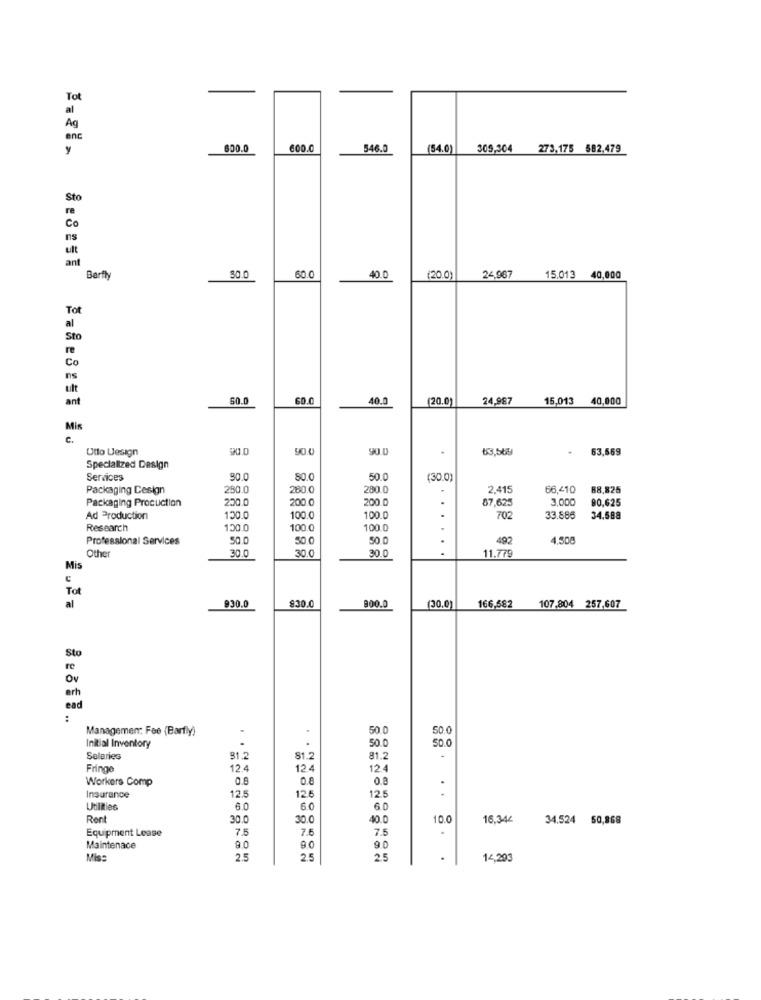
Tot
Ag
enc
y
600.0
600.0
546.0
(54.0)
309,304 273,175 582,479
Sto
Co
ns
ant
Barfly
$0.0
60.0
40.0
(20.0)
24,967
15.013
40,000
Tot
al
Sto
re
Co
es
ult
ant
50.0
SO.0
40.0
(20.0)
24,987
15,013
40,000
Mis
c.
Utto Uesign
90.0
83,569
63,569
Specialized Design
Services
90.0
80.0
50.0
(30.0)
Packaging Design
280.0
260.0
280.0
2.415
66,410
88,825
Packaging Production
250.0
200.0
200.
3.000
90,625
87,625
Ad Production
130.0
100.0
100.0
.
702
33.886
34.588
Research
130.0
100.0
100.0
.
Professional Services
50.0
50.0
.
492
4,508
30.0
30.0
30.0
......
11.779
Othe
Mis
Tot
al
930.0
$30.0
900.0
(30.0)
166,582
107,804 257,607
Sto
re
Ov
erh
ead
:
Managemen: Fee (Barfly)
50.0
50.0
50.0
50.0
Initial Inventory
Salaries
81.2
81.2
Fringe
12.4
12.4
12.4
Workers Comp
0.8
0.8
12.5
12.5
Insurance
12.5
..
Utilities
6.0
6.0
Rent
30.0
30.0
40.0
10.0
16,344
34.524 50,868
Equipment Lease
7.5
7.5
7.5
.
9.0
Maintenace
9.0
9.0
Mis:
2.5
2.5
25
.
14,293